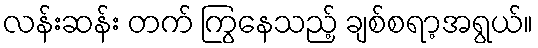
လန်းဆန်း တက် ကြွနေသည့် ချစ်စရာ့အရွယ်။